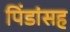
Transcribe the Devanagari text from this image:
पिंडांसह